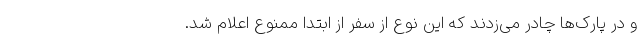
و در پارک‌ها چادر می‌زدند که این نوع از سفر از ابتدا ممنوع اعلام شد.